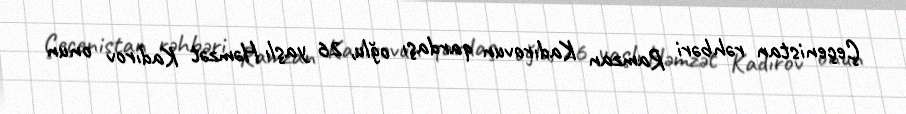
Çeçenistan rəhbəri Ramzan Kadırovun qardaşı oğlu, 26 yaşlı Həmzət Kadırov onun